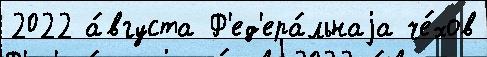
2022 а́вгуста Ф'ед'ера́льнаjа че́хов